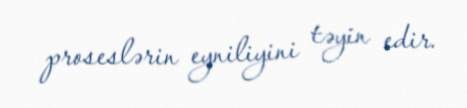
proseslərin eyniliyini təyin edir.